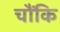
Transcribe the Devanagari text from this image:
चौंकि